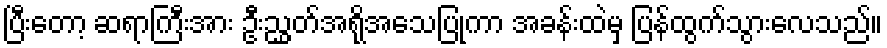
ပြီးတော့ ဆရာကြီးအား ဦးညွှတ်အရိုအသေပြုကာ အခန်းထဲမှ ပြန်ထွက်သွားလေသည်။